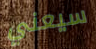
سيعني